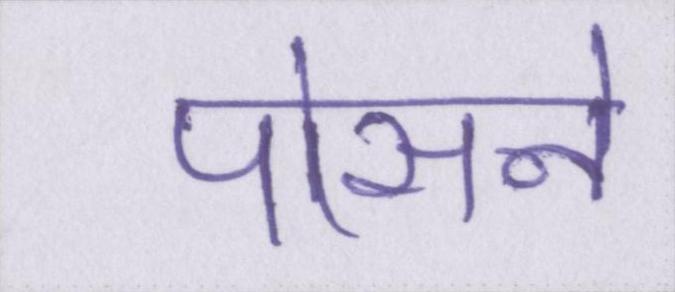
पोसने